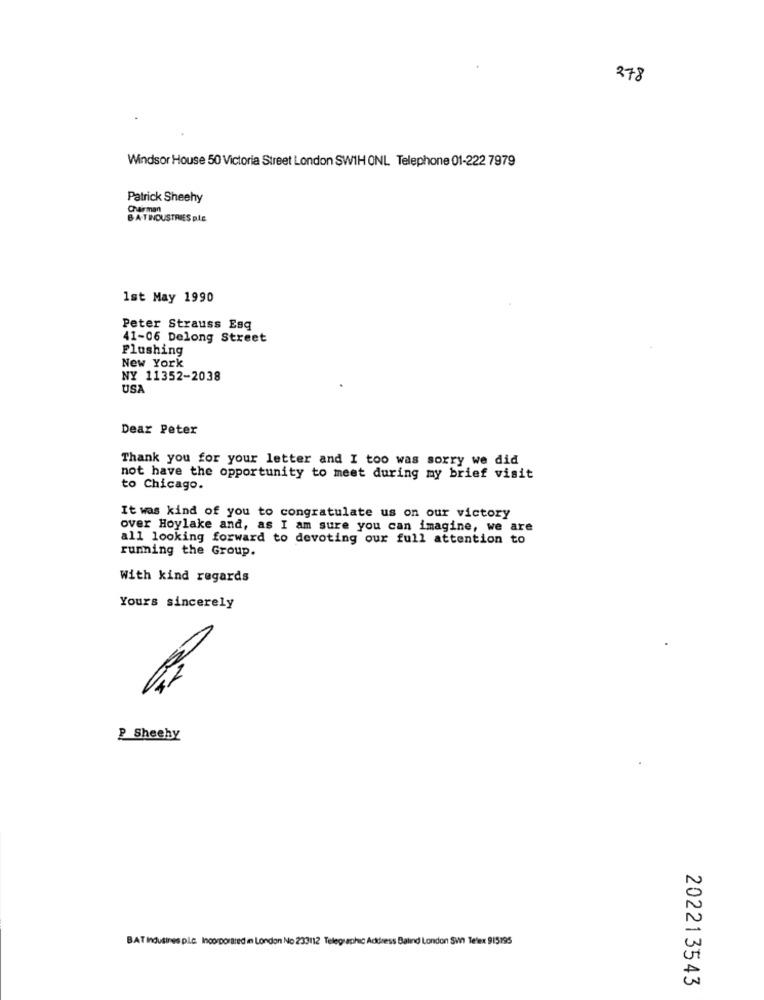
278
Windsor House 50 Victoria Street London SW1H ONL Telephone 01-222 7979
Patrick Sheehy
Chairman
BA-TINDUSTRIES BLE
1st May 1990
Peter Strauss Esq
41-06 Delong Street
Flushing
New York
NY 11352-2038
USA
Dear Peter
Thank you for your letter and I too was sorry we did
not have the opportunity to meet during my brief visit
to Chicago.
It was kind of you to congratulate us on our victory
over Hoylake and, as I am sure you can imagine, we are
all looking forward to devoting our full attention to
running the Group.
With kind regards
Yours sincerely
P Sheehy
BAT Indusines p.L.c. Incorporated in London No 233112 Telegraphic Address Batind London SWin Telex 915195
202213543